Lunatic asylums Madras 1892-1911 - 1892-1911
Year: 1892
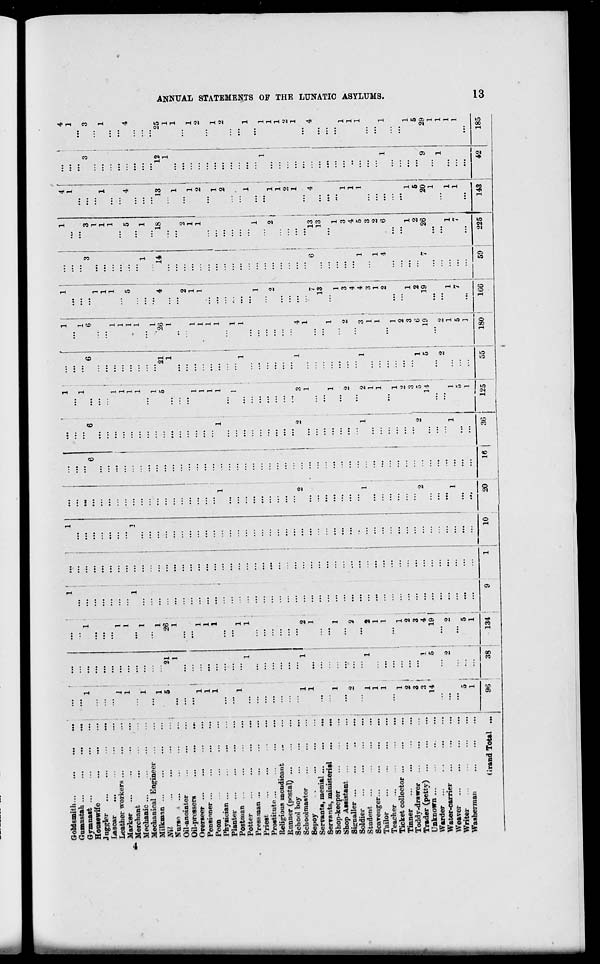
Oumastah ...
Gymnast ...
Housewife
Juggler
Lascar
Leather workers ...
Marker
Merchant
Mechanic ...
Mechanical Engineer
Milkmin ...
Nil
Nurse
Oil-anointer
Oil-pressers
Overseer
Pensioner ...
Peon
Physician ...
Planter
Postman
Potter
Pressman ...
Priest
Prostitute...
Religious mendicant
Runner (postal) ...
School boy
Schoolmaster
Sepoy
Servants, menial ...
Servants, ministerial
Shop-keeper
Shop Assistant ...
Signaller
Soldier
Student
Scavenger
Tailor
Teacher ...
Ticket collector ...
Tinner
Toddy.dra«rer
Trader (petty) ...
Unknown ...
Warder
Water-carrier
Weaver
Writer
Washerman
1
5
1
1
1
1
1
1
2
1
1
1
1
2 I
3 |
3 i
14 '
0 i
1 i
21
1
i
5
1
26
1
2
1
1
2
2
1
1
1
2 ,
3
4 i
19 |
2 '
5
1 i
(i rand Total ..
96
38
134
10
20
16
30
1 '
1
1
1
1
1
1
5
1 I
1
1
1
1 ,
o
14
125
21
1
55
1
1
...
1
...
6
...
1
1
1
1
1
1
5
1
...
...
1
'26
1
...
2
1
1
1
1
1
...
1
...
1
1
...
1
2
4
...
1
...
3
1 |
1 S
i
' 1
2
3
6
19
180
i
13
1
3
4
4
3
1
2
1
2
19
1G6
1
....
...
3
3
1
1
1
...
5
...
1
1
14
"l8
...
...
2
1
1
...
...
6 i
i
l ;
4
59
13,
13
' 1
3
4
5
3
2
6
1
2
26
225
13
1
1
2
1
2
4
1
1
1 i
2
1
4
1
5
20
1
143
12
1
42
25
1
1
1
2
1
1
1
1
•2.
1
I
t<
GO
H
>
HI
m
CQ
O
•=3
1
>■
CQ
1
Hi
t~«
...
...
cl
...
S
1
1
GQ
...
...
1
5
9
29
1
1
1
1
...
1
...
...
185
CO